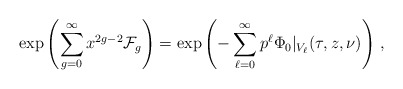
\begin{align*}\exp\left(\sum_{g=0}^\infty x^{2g-2}\mathcal{F}_g\right)= \exp\left(-\sum_{\ell=0}^\infty p^\ell \Phi_0\vert_{V_\ell}(\tau,z,\nu)\right)\,,\end{align*}